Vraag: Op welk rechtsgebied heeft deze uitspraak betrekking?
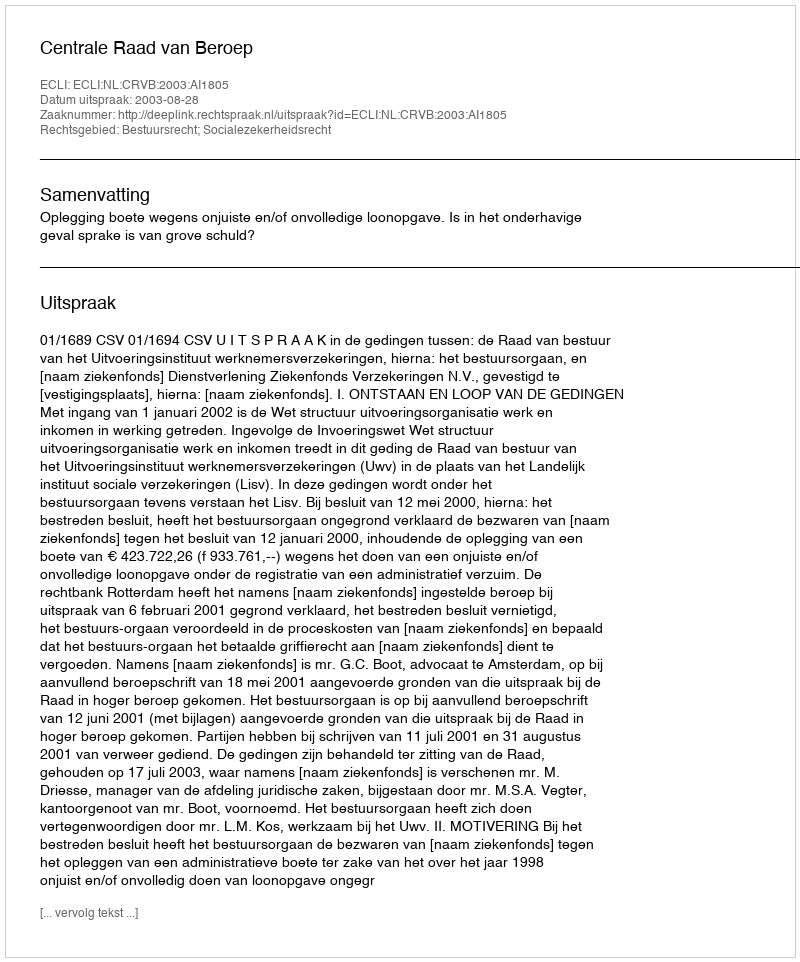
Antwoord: Bestuursrecht; Socialezekerheidsrecht